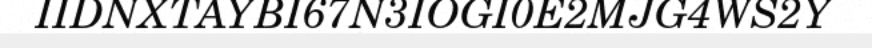
IIDNXTAYBI67N3IOGI0E2MJG4WS2Y